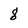
Character: 8